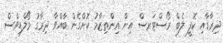
ދިރާގާއި ކޮފީ ލެބް ރޯސްޓަރސް އިން އިންތިޒާމު ކޮށްގެން ބާއްވާ ދިރާގު މޯލްޑިވްސް